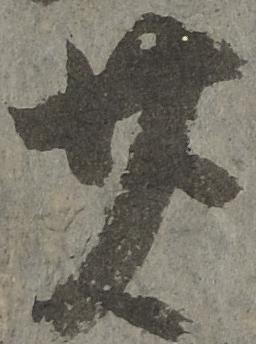
廿